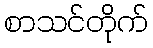
စာသင်တိုက်